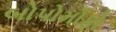
બોપોમોફો